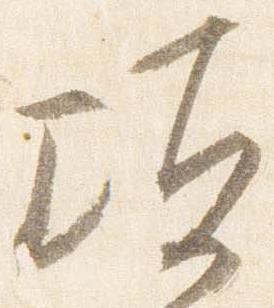
頃